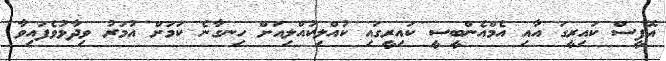
އޮފީސް ކައިރީގަ އާއި އެމްއެންބީސީ ކައިރީގައި ކުއްލިކުއްލިއަށް ހިނގާނެ ކަމަށް އުމަރު ވިދާޅުވެފައިވާ